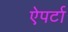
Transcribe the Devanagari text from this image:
ऐपर्टा